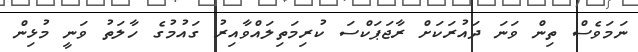
ނަމަވެސް ތިން ވަނަ ދައުރަކަށް ރާޖަޕަކްސަ ކުރިމަތިލައްވާއިރު ގައުމުގެ ހާލަތު ވަނީ މުޅިން